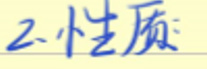
2.性质